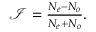
\begin{array} { r } { \mathcal I = \frac { N _ { e } - N _ { o } } { N _ { e } + N _ { o } } . } \end{array}